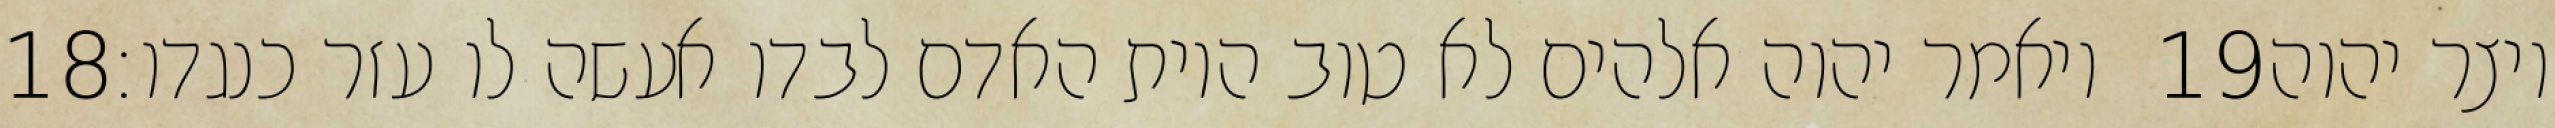
‎18‏ ויאמר יהוה אלהים לא טוב היות האדם לבדו אעשה לו עזר כנגדו׃ ‎19‏ ויצר יהוה